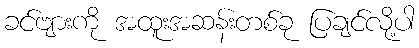
ခင်ဗျားကို အထူးအဆန်းတစ်ခု ပြချင်လို့ပါ